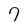
Character: 7